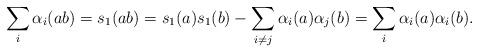
\begin{align*}\sum_i \alpha_i(ab) = s_1(ab) = s_1(a)s_1(b) - \sum_{i\neq j}\alpha_i(a)\alpha_j(b) = \sum_i \alpha_i(a)\alpha_i(b).\end{align*}